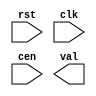
`timescale 1ns / 1ps

module bin_count #(parameter MAX_COUNT = 255, WIDTH = 8)
(
	input rst, clk, cen,
	output [WIDTH-1:0] val
);
	//module description here
endmodule